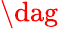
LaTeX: {\dag}